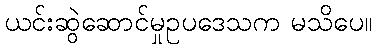
ယင်းဆွဲဆောင်မှုဥပဒေသက မသိပေ။